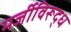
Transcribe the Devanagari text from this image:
मर्जीविरूद्ध